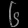
Digit: ၆